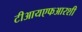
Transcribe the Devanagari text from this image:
टीआयएफआरशी